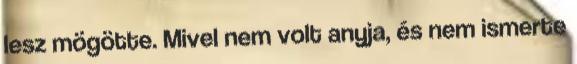
lesz mögötte. Mivel nem volt anyja, és nem ismerte